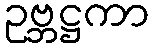
ဥဗ္ဘဋ္ဌကာ